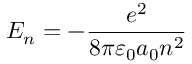
E _ { n } = - { \frac { e ^ { 2 } } { 8 \pi \varepsilon _ { 0 } a _ { 0 } n ^ { 2 } } }